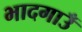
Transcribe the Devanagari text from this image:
भादगाउँ